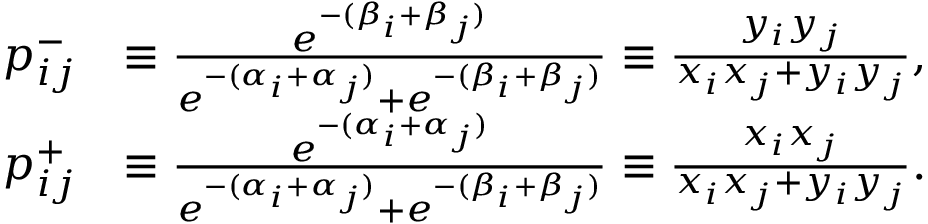
\begin{array} { r l } { p _ { i j } ^ { - } } & { \equiv \frac { e ^ { - ( \beta _ { i } + \beta _ { j } ) } } { e ^ { - ( \alpha _ { i } + \alpha _ { j } ) } + e ^ { - ( \beta _ { i } + \beta _ { j } ) } } \equiv \frac { y _ { i } y _ { j } } { x _ { i } x _ { j } + y _ { i } y _ { j } } , } \\ { p _ { i j } ^ { + } } & { \equiv \frac { e ^ { - ( \alpha _ { i } + \alpha _ { j } ) } } { e ^ { - ( \alpha _ { i } + \alpha _ { j } ) } + e ^ { - ( \beta _ { i } + \beta _ { j } ) } } \equiv \frac { x _ { i } x _ { j } } { x _ { i } x _ { j } + y _ { i } y _ { j } } . } \end{array}